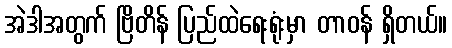
အဲဒါအတွက် ဗြိတိန် ပြည်ထဲရေးရုံးမှာ တာဝန် ရှိတယ်။